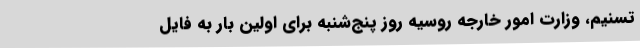
تسنیم، وزارت امور خارجه روسیه روز پنج‌شنبه برای اولین بار به فایل